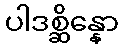
ပါဒစ္ဆိန္နော